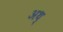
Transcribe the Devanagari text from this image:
अथ़्